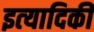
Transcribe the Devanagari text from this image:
इत्‍यादिकी